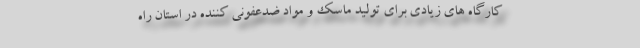
کارگاه های زیادی برای تولید ماسک و مواد ضدعفونی کننده در استان راه